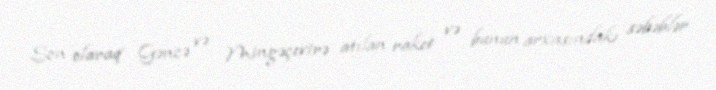
Son olaraq Gəncə və Mingəçevirə atılan raket və bunun arxasındakı səbəblər